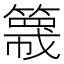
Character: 簚